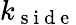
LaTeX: k_{\mathrm{~s~i~d~e~}}